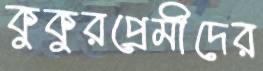
কুকুরপ্রেমীদের